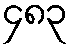
၄၈၃